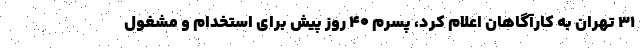
۳۱ تهران به کارآگاهان اعلام کرد، پسرم ۴۰ روز پیش برای استخدام و مشغول